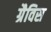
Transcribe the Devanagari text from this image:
ग्रैविस